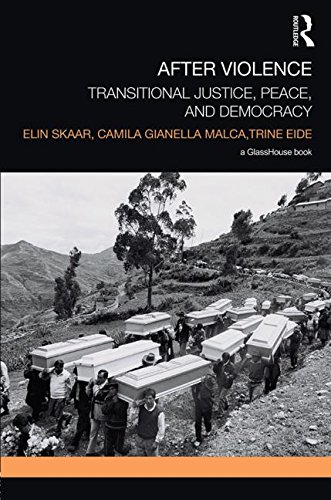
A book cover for After Violence: Transitional Justice, Peace, and Democracy; Elin Skaar; Law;